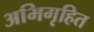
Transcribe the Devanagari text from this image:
अभिगृहित